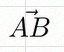
\vec{AB}